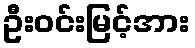
ဦးဝင်းမြင့်အား